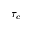
\tau _ { c }